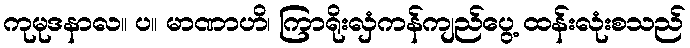
ကုမုဒနာလ။ ပ။ မာဏာဟိ၊ ကြာရိုးလှံကန်ကျည်ပွေ့ ထန်းလုံးစသည်